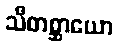
သီတစ္ဆာယော